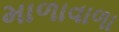
માળાવાળા